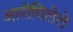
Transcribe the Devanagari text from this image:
आरोपिलेले